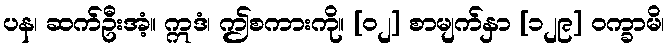
ပန၊ ဆက်ဦးအံ့။ ဣဒံ၊ ဤစကားကို။ [၀၂] စာမျက်နှာ [၁၂၉] ဝက္ခာမိ၊